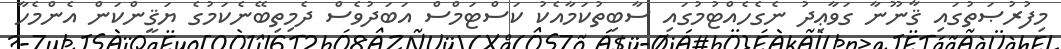
މިފުރުޞަތުގައި ޤާނޫނާ ގަވާޢިދު ނެގެހެއްޓުމުގައި ސާބިތުކަމާއެކު ކަސްޓަމްސް އަބަދުވެސް ދެމިތިބޭނެކަމުގެ ޔަޤީންކަން އެންމެހާ